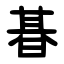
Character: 㫷